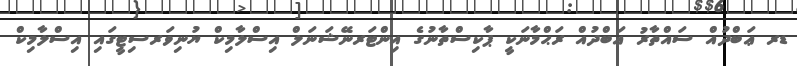
ޑރ ޢަބްދުއް ސައްތާރު ޢަބްދުއް ރަޙްމާނަކީ ޕާކިސްތާނުގެ އިންޓަރނޭޝަނަލް އިސްލާމިކް ޔުނިވަރސިޓީގައި އިސްލާމިކް